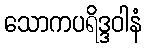
သောကပရိဒ္ဒဝါနံ